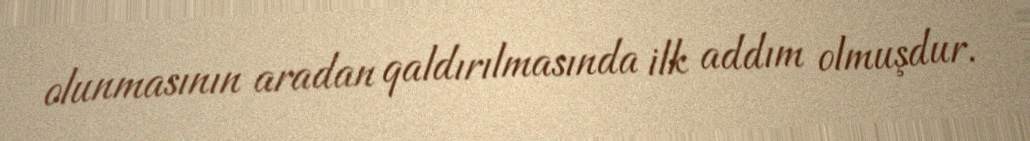
olunmasının aradan qaldırılmasında ilk addım olmuşdur.